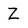
Character: Z